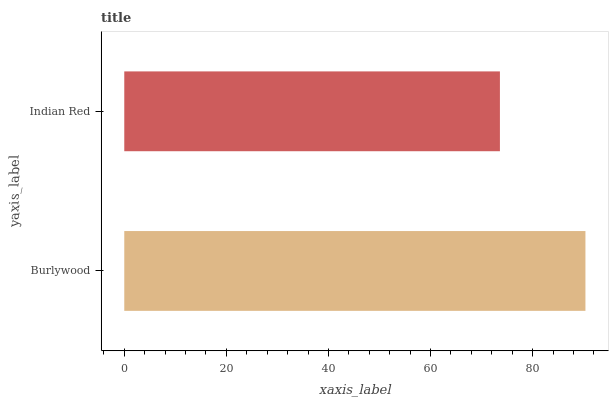
| yaxis_label | bars |
 | --- | --- |
 | Burlywood | 90.3 |
 | Indian Red | 73.6 |